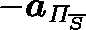
- \boldsymbol { a } _ { \mathit { \Pi } _ { \overline { { S } } } }